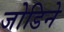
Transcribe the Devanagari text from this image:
जोडिने